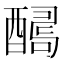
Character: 𨢫